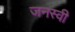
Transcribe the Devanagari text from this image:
जनस्वी